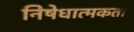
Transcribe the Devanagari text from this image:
निषेधात्मकता